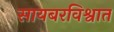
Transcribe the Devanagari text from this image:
सायबरविश्वात